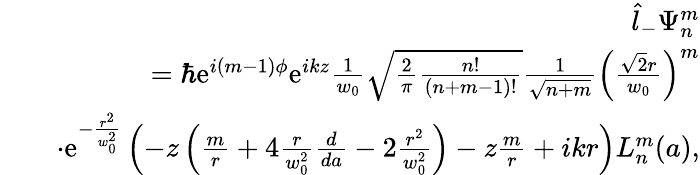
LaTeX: \begin{array}{rlr}&{}&{\hat{l}_{-}\Psi_{n}^{m}}\\ &{}&{=\hbar\mathrm{e}^{i(m-1)\phi}\mathrm{e}^{ikz}\frac{1}{w_{0}}\sqrt{\frac{2}{\pi}\frac{n!}{(n+m-1)!}}\frac{1}{\sqrt{n+m}}\left(\frac{\sqrt{2}r}{w_{0}}\right)^{m}}\\ &{}&{\cdot\mathrm{e}^{-\frac{r^{2}}{w_{0}^{2}}}\left(-z\left(\frac{m}{r}+4\frac{r}{w_{0}^{2}}\frac{d}{da}-2\frac{r^{2}}{w_{0}^{2}}\right)-z\frac{m}{r}+ikr\right)L_{n}^{m}(a),}\end{array}